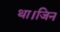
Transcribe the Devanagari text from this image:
था।जिन